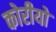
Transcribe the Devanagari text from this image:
कोरीयो